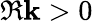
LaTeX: \Re\mathbf{k}>0